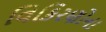
વિકિરણોના